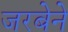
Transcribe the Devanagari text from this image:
जरबेने